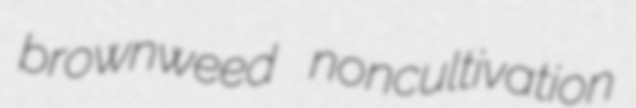
brownweed noncultivation